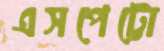
এসপেট্টো